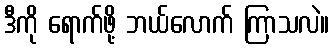
ဒီကို ရောက်ဖို့ ဘယ်လောက် ကြာသလဲ။